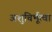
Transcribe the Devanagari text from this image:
अशुचिर्भूत्वा